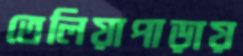
তেলিয়াপাড়ায়